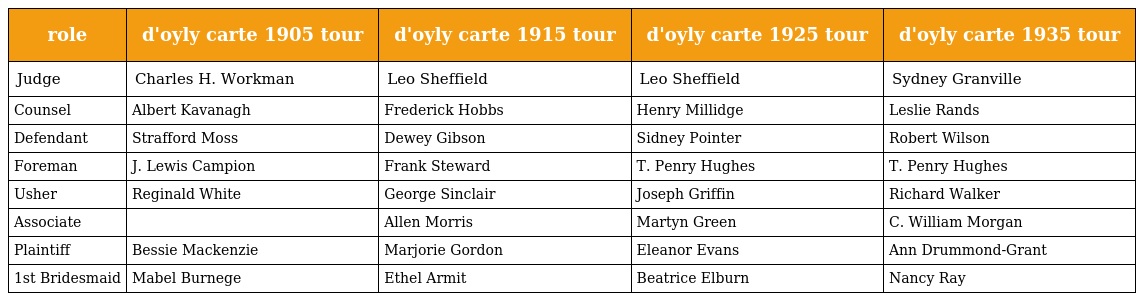
| role | d'oyly carte 1905 tour | d'oyly carte 1915 tour | d'oyly carte 1925 tour | d'oyly carte 1935 tour |
 | --- | --- | --- | --- | --- |
 | Judge | Charles H. Workman | Leo Sheffield | Leo Sheffield | Sydney Granville |
 | Counsel | Albert Kavanagh | Frederick Hobbs | Henry Millidge | Leslie Rands |
 | Defendant | Strafford Moss | Dewey Gibson | Sidney Pointer | Robert Wilson |
 | Foreman | J. Lewis Campion | Frank Steward | T. Penry Hughes | T. Penry Hughes |
 | Usher | Reginald White | George Sinclair | Joseph Griffin | Richard Walker |
 | Associate |  | Allen Morris | Martyn Green | C. William Morgan |
 | Plaintiff | Bessie Mackenzie | Marjorie Gordon | Eleanor Evans | Ann Drummond-Grant |
 | 1st Bridesmaid | Mabel Burnege | Ethel Armit | Beatrice Elburn | Nancy Ray |